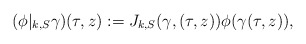
\begin{align*} (\phi|_{k,S} \gamma)(\tau,z):=J_{k,S}(\gamma, (\tau,z))\phi(\gamma(\tau,z)),\end{align*}